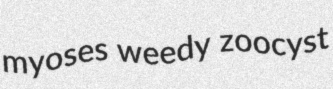
myoses weedy zoocyst